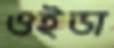
ওইডা